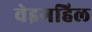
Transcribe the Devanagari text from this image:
वेइगहिल